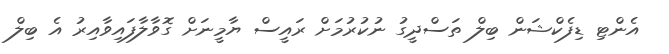
އެންޓި ޑިފެކްޝަން ބިލް ތަސްދީގު ނުކުރުމަށް ރައީސް ޔާމީނަށް ގޮވާލާފައިވާއިރު އެ ބިލް